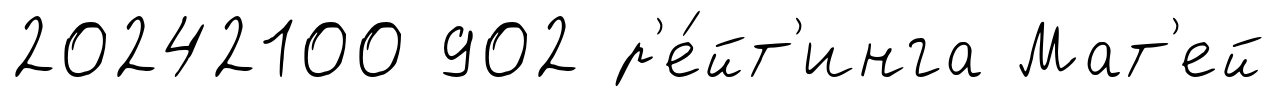
20242100 902 р'е́йт'инга Мат'ей